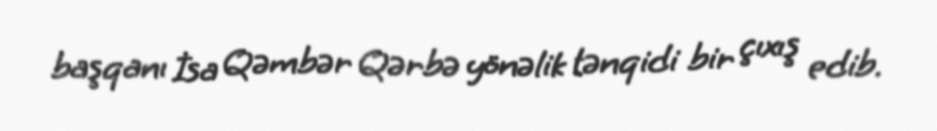
başqanı İsa Qəmbər Qərbə yönəlik tənqidi bir çıxış edib.